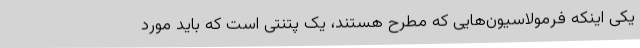
یکی اینکه فرمولاسیون‌هایی که مطرح هستند، یک پَتِنتی است که باید مورد